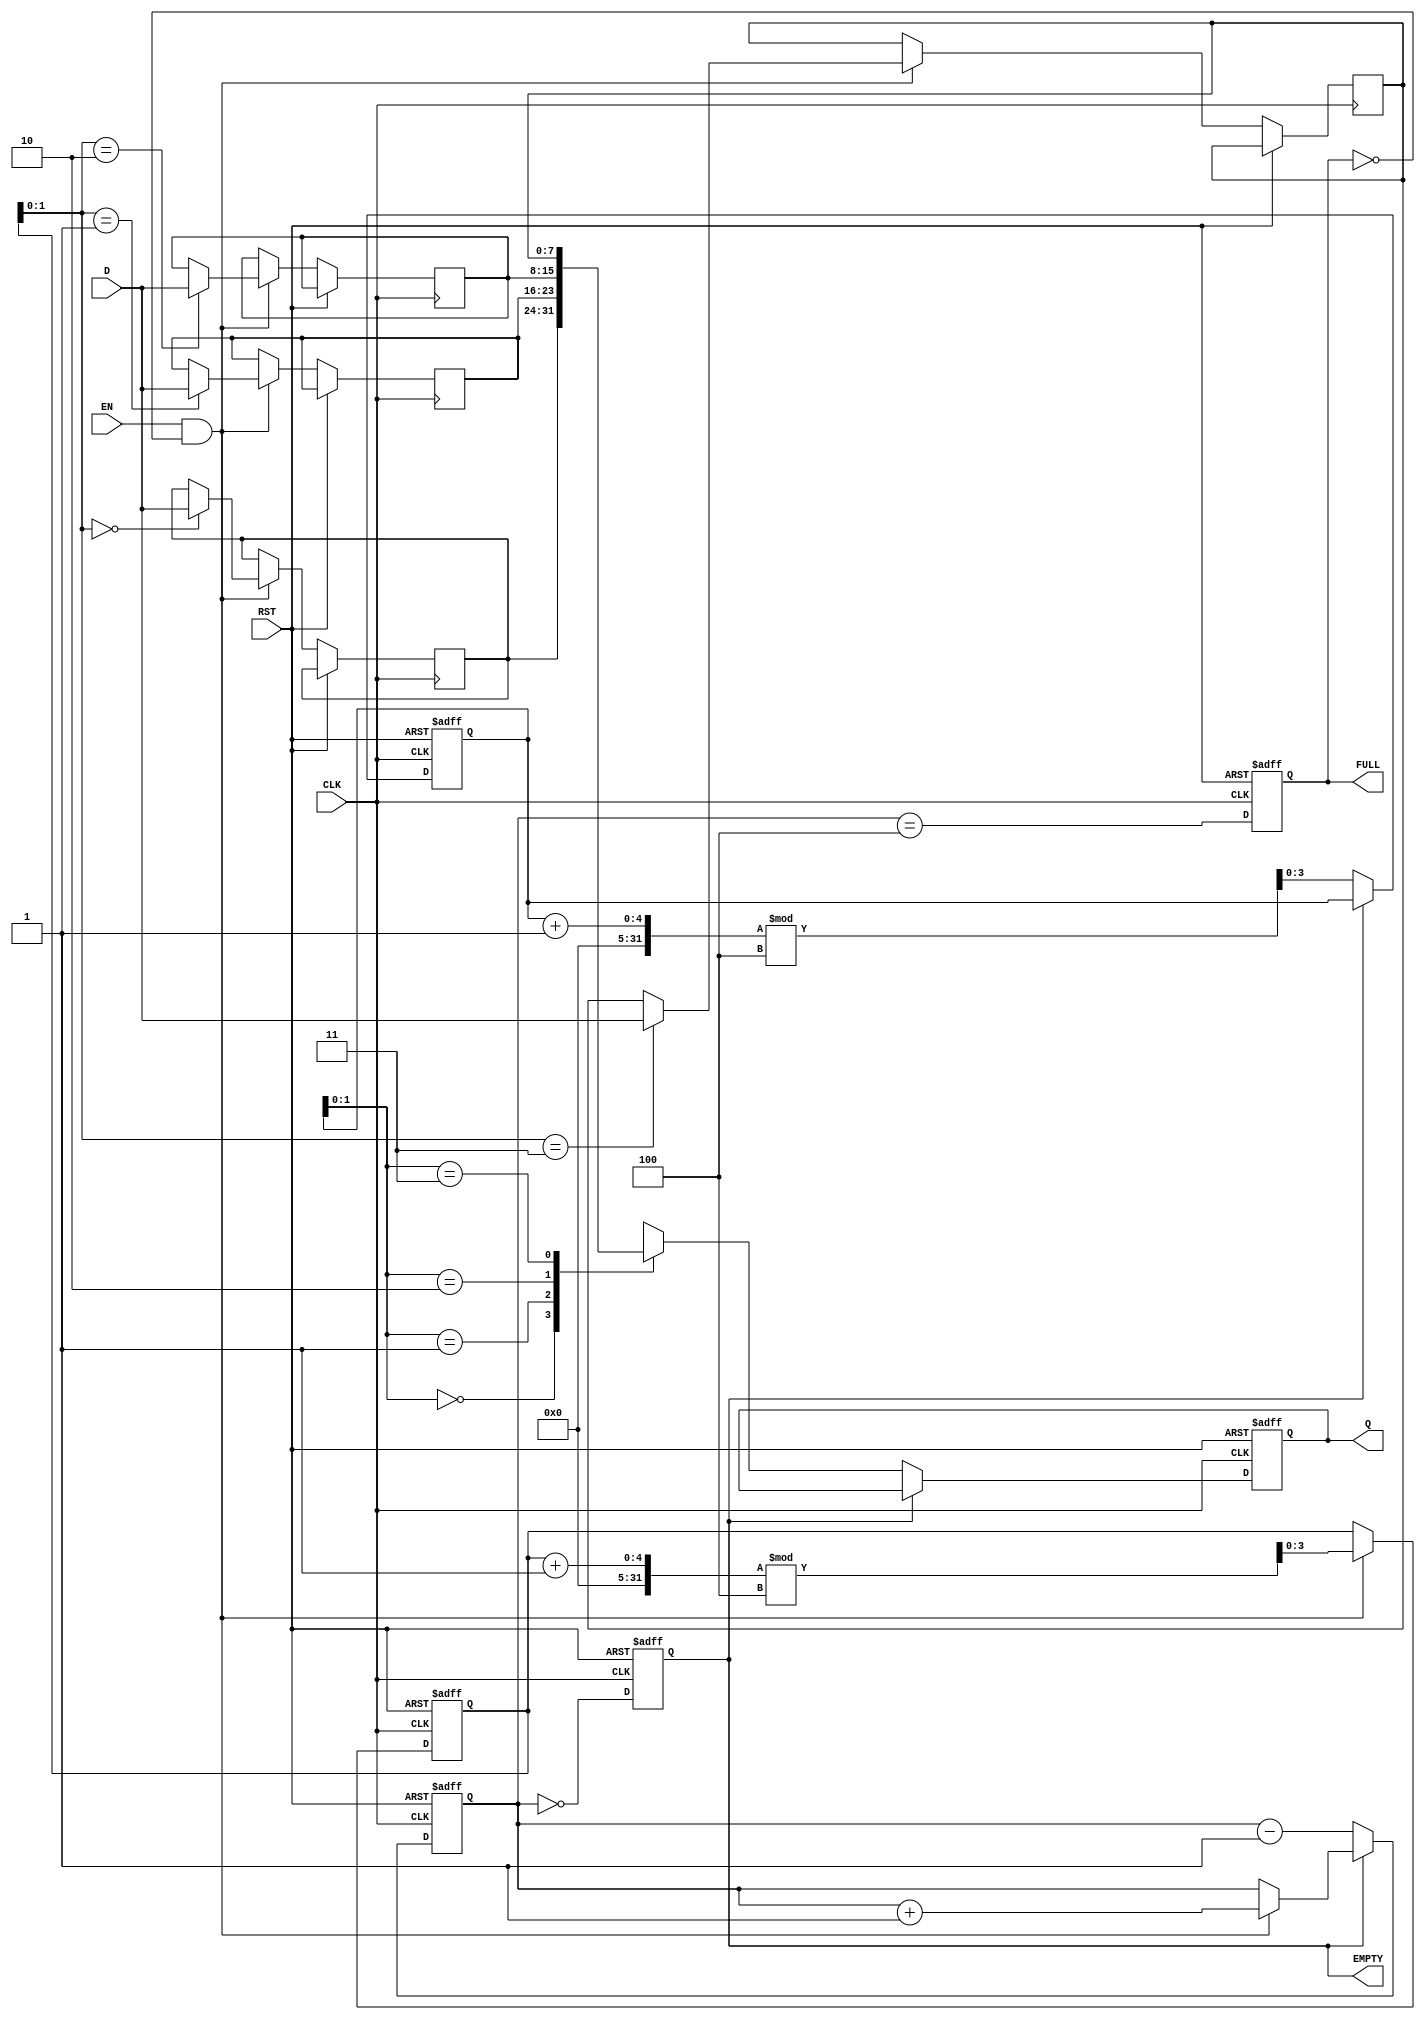
module pipeline_buffer #(
    parameter DATA_WIDTH = 8, // Width of the data
    parameter DEPTH = 4        // Depth of the pipeline buffer
)(
    input  wire [DATA_WIDTH-1:0] D,   // Data input
    input  wire CLK,                   // Clock signal
    input  wire RST,                   // Asynchronous reset
    input  wire EN,                    // Enable signal
    output reg  [DATA_WIDTH-1:0] Q,    // Data output
    output reg  FULL,                  // Full flag
    output reg  EMPTY                  // Empty flag
);

    reg [DATA_WIDTH-1:0] buffer [0:DEPTH-1]; // Storage elements
    reg [3:0] write_ptr;                     // Write pointer
    reg [3:0] read_ptr;                      // Read pointer
    reg [3:0] count;                         // Number of items in the buffer

    // Asynchronous reset
    always @(posedge CLK or posedge RST) begin
        if (RST) begin
            write_ptr <= 0;
            read_ptr <= 0;
            count <= 0;
            FULL <= 0;
            EMPTY <= 1;
            Q <= 0;
        end else begin
            // Write operation
            if (EN && !FULL) begin
                buffer[write_ptr] <= D;    // Store input data
                write_ptr <= (write_ptr + 1) % DEPTH; // Increment write pointer
                count <= count + 1;         // Increment count
            end

            // Read operation
            if (!EMPTY) begin
                Q <= buffer[read_ptr];      // Output data from buffer
                read_ptr <= (read_ptr + 1) % DEPTH; // Increment read pointer
                count <= count - 1;         // Decrement count
            end

            // Update FULL and EMPTY flags
            FULL <= (count == DEPTH);
            EMPTY <= (count == 0);
        end
    end

endmodule